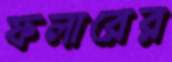
ফলারের